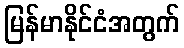
မြန်မာနိုင်ငံအတွက်